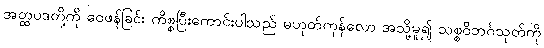
အတ္ထပဒတို့ကို ဝေဖန်ခြင်း ကိစ္စပြီးကောင်းပါသည် မဟုတ်ကုန်လော အသို့မူ၍ သစ္စဝိဘင်္ဂသုတ်ကို